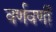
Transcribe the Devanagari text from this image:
वर्णवर्णी